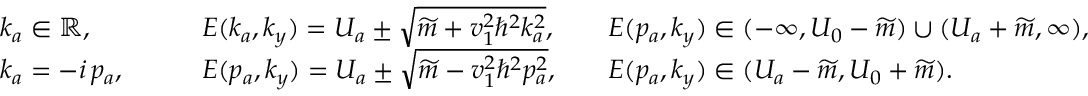
\begin{array} { r l r l r l } & { k _ { a } \in \mathbb { R } , \quad } & & { E ( k _ { a } , k _ { y } ) = U _ { a } \pm \sqrt { \widetilde { m } + v _ { 1 } ^ { 2 } \hbar ^ { 2 } k _ { a } ^ { 2 } } , } & & { E ( p _ { a } , k _ { y } ) \in ( - \infty , U _ { 0 } - \widetilde { m } ) \cup ( U _ { a } + \widetilde { m } , \infty ) , } \\ & { k _ { a } = - i \, p _ { a } , \quad } & & { E ( p _ { a } , k _ { y } ) = U _ { a } \pm \sqrt { \widetilde { m } - v _ { 1 } ^ { 2 } \hbar ^ { 2 } p _ { a } ^ { 2 } } , } & & { E ( p _ { a } , k _ { y } ) \in ( U _ { a } - \widetilde { m } , U _ { 0 } + \widetilde { m } ) . } \end{array}